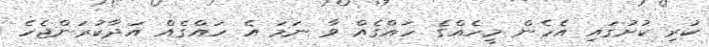
ކުރި ކުށުގައި އެހެން މީހެއްގެ ހައްގެއް ވާ ނަމަ އެ ހައްގެއް އަދާކުރަންޖެހެ